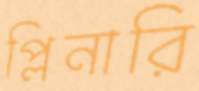
প্লিনারি